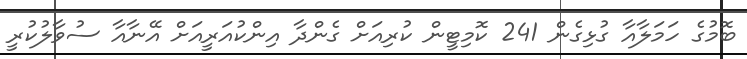
ބޮމުގެ ހަމަލާއާ ގުޅިގެން 241 ކޮމިޓީން ކުރިއަށް ގެންދާ އިންކުއަރީއަށް އޭނާއާ ސުވާލުކުރީ